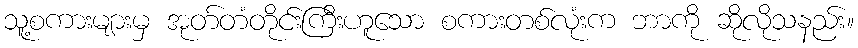
သူ့စကားများမှ အုတ်တံတိုင်းကြီးဟူသော စကားတစ်လုံးက ဘာကို ဆိုလိုသနည်း။